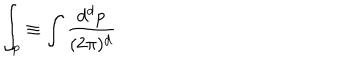
LaTeX: \int _ { p } \equiv \int \frac { d ^ { d } p } { ( 2 \pi ) ^ { d } }